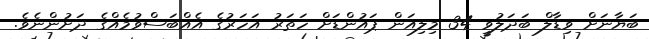
ބަޔާނަށް ވިޑާލް ބަދަލުވީ 34 މިލިއަން ޕައުންޑަށް ހަތަރު އަހަރުގެ އެއްބަސްވުމެއްގެ ދަށުންނެވެ.